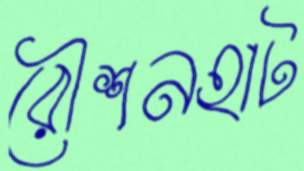
রৌশনহাট